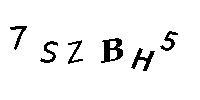
7SZBH5